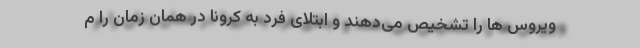
ویروس ها را تشخیص می‌دهند و ابتلای فرد به کرونا در همان زمان را م